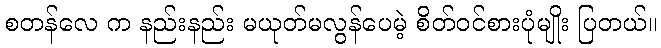
စတန်လေ က နည်းနည်း မယုတ်မလွန်ပေမဲ့ စိတ်ဝင်စားပုံမျိုး ပြတယ်။